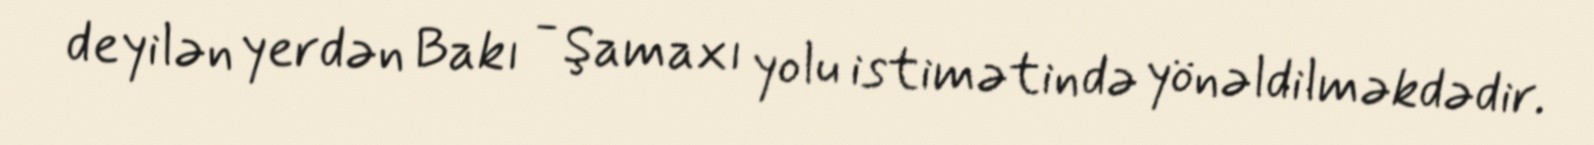
deyilən yerdən Bakı - Şamaxı yolu istimətində yönəldilməkdədir.